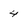
Character: 4